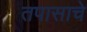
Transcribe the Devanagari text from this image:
तपासाचे